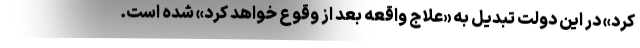
کرد» در این دولت تبدیل به «علاج واقعه بعد از وقوع خواهد کرد» شده است.